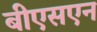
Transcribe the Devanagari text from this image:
बीएसएन